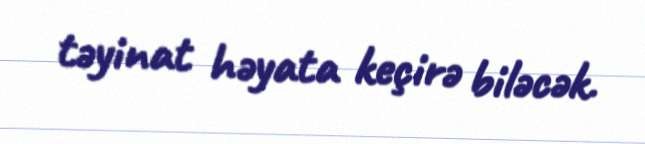
təyinat həyata keçirə biləcək.